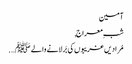
آمین
شبِ معراج,
مُرادیں غریبوں کی بَر لانے والے ﷺ ….